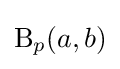
{\rm {B}}_{p}(a,b)